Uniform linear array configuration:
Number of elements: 8
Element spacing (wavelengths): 0.5
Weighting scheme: cosine
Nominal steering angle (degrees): -45
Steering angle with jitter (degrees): -44.502
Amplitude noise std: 0.05
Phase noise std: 0.05

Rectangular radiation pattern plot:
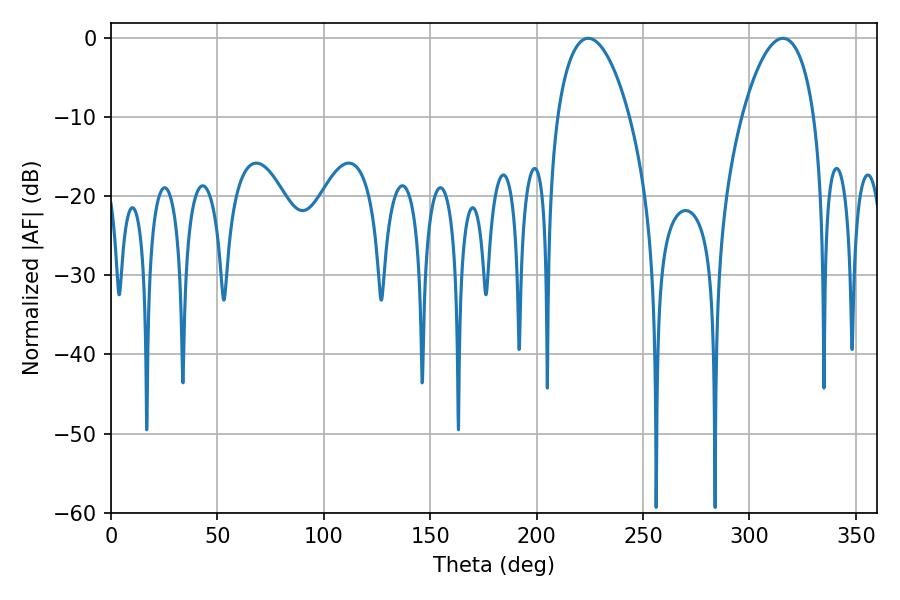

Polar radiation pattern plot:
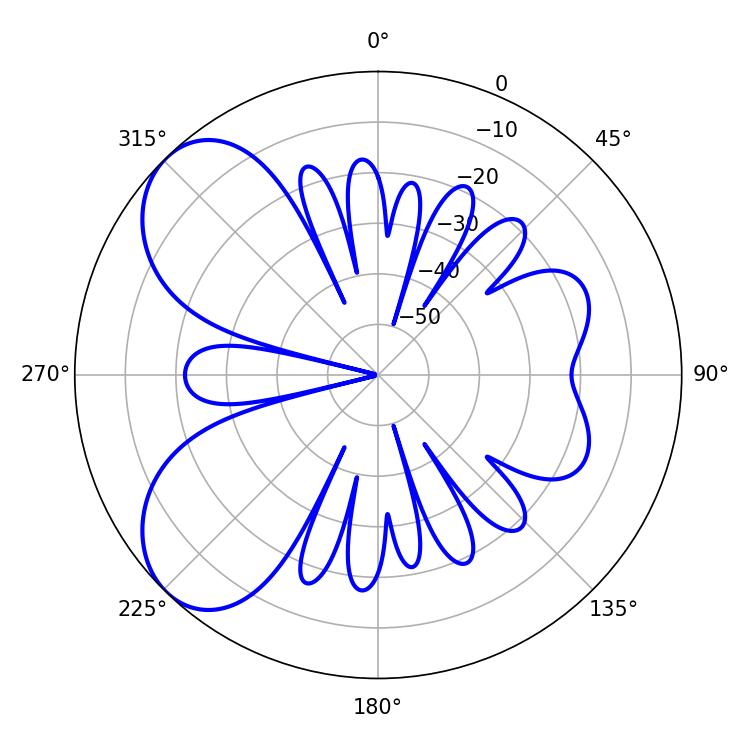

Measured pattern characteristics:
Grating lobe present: FALSE
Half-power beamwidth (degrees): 19.08
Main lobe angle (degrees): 315.72